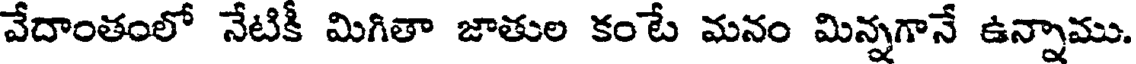
వేదాంతంలో నేటికీ మిగితా జాతుల కంటే మనం మిన్నగానే ఉన్నాము.